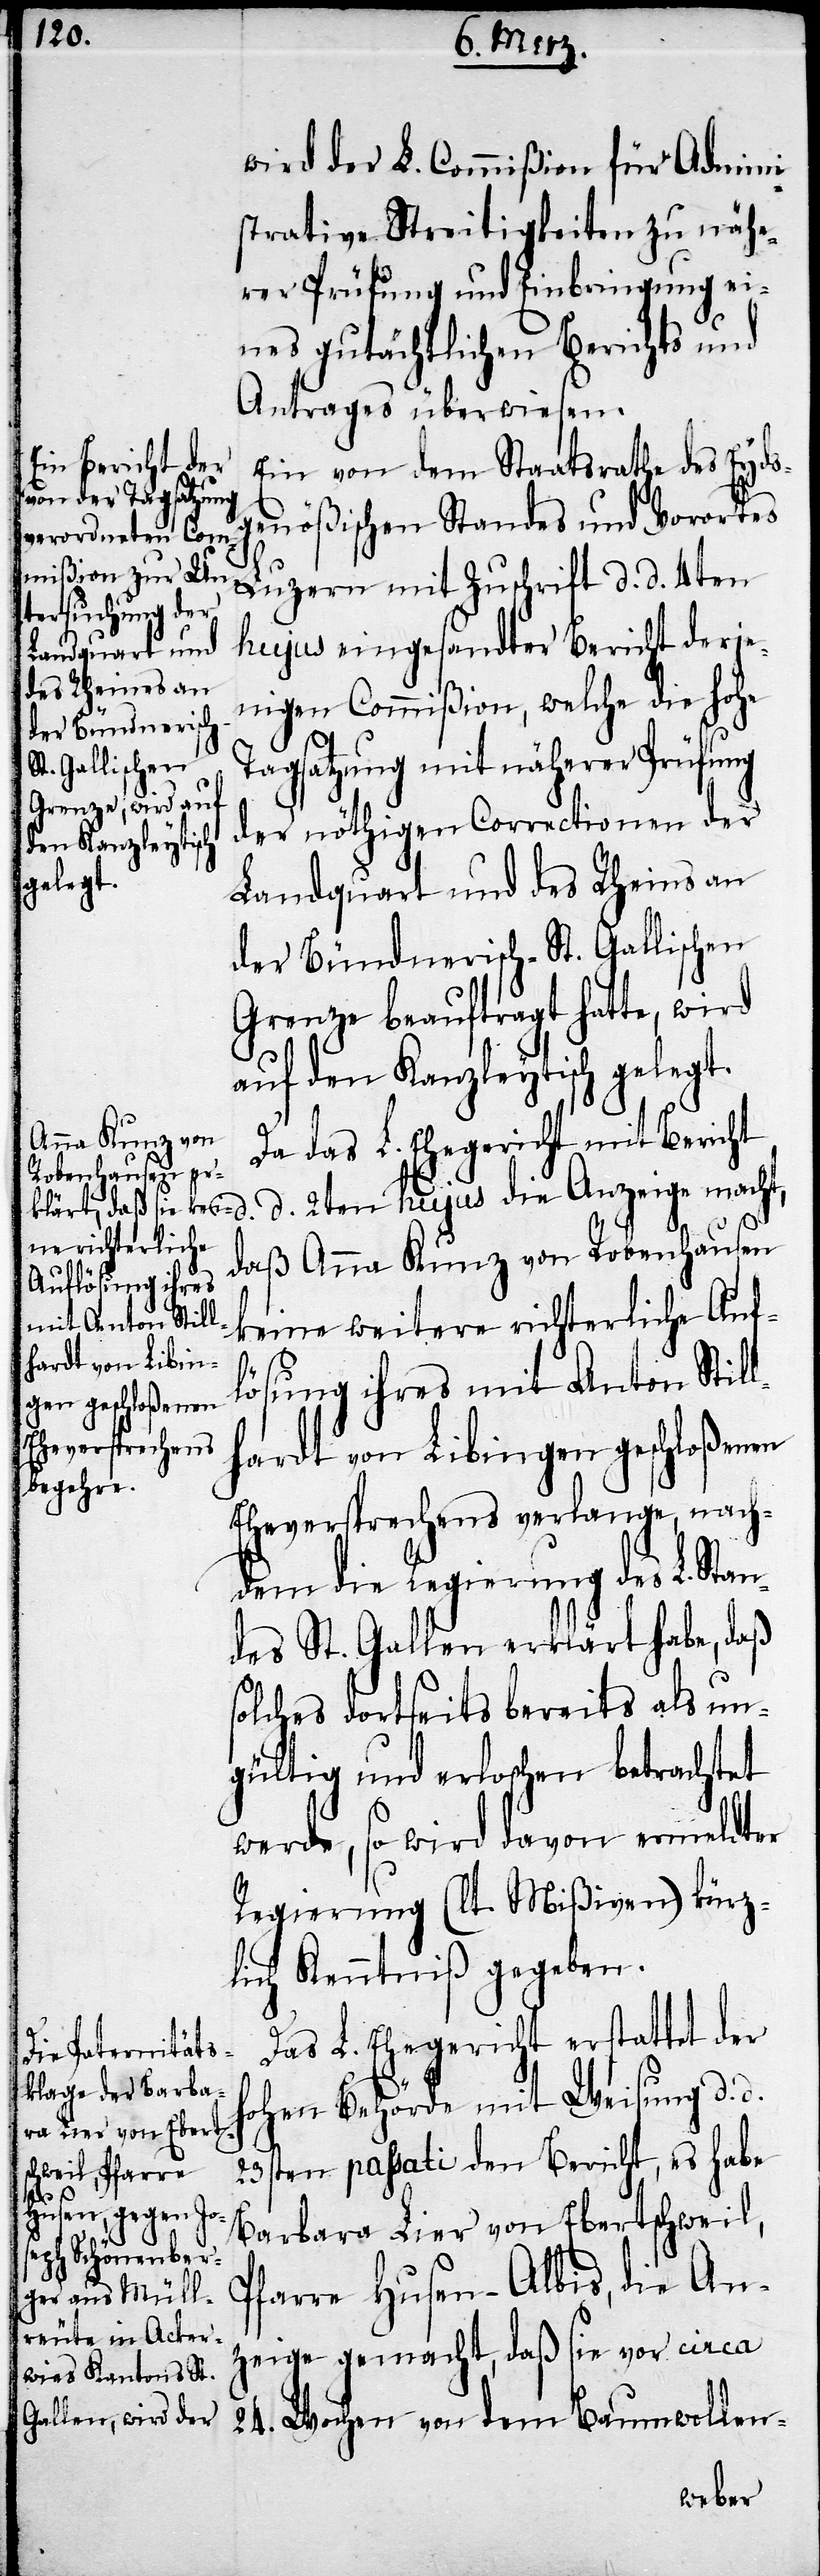
Eheverprechens
verlange, nach¬

wird der L. Commißion für Admini¬
strative Streitigkeiten zu nähe¬
rer Prüfung und Einbringung ei¬
nes gutächtlichen Berichts und
Antrages überwiesen.
Ein von dem Staatsrathe des Eyds¬
genößischen Standes und Vorortes
Luzern mit Zuschrift d. d. 4ten
hujus eingesandter Bericht derje¬
nigen Commißion, welche die hohe
Tagsatzung mit näherer Prüfung
der nöthigen Correctionen der
Landquart und des Rheins an
der Bündnerisch-St.Gallischen
Grenze beauftragt hatte, wird
auf den Kanzleytisch gelegt.
Da das L. Ehegericht mit Bericht
d. d. 2ten hujus die Anzeige macht,
daß Anna Kunz von Robenhausen
keine weitere richterliche Auf¬
lösung ihres mit Anton Stil¬
lhardt von Libingen geschloßenen
dem die Regierung des L. Sta¬
ndes St. Gallen. erklärt habe, daß
solches dortseits bereits als un¬
gültig und erloschen betrachtet
werde, so wird davon ermeldter
Regierung (lt. Mißiven) kürz¬
lich Kenntniß gegeben.
Das L. Ehegericht erstattet der
hohen Behörde mit Weisung d. d.
23sten passati den Bericht, es habe
Barbara Lier von Ebertschweil,
Pfarre Husen-Albis, die An¬
zeige gemacht, daß sie vor circa
24. Wochen von dem Baumwollen-